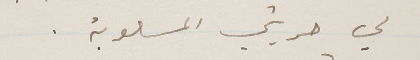
لي حريتي المسلوبة.